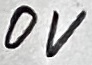
Text: 0V